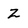
Character: Z